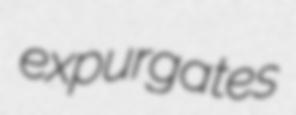
expurgates